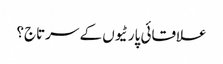
علاقائی پارٹیوں کے سرتاج؟